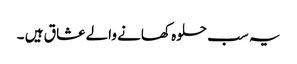
یہ سب حلوہ کھانے والے عشا ق ہیں ۔